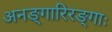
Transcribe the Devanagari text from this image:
अनङ्गारिरङ्गाः